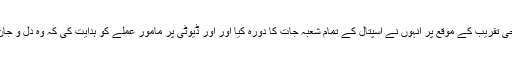
گلگت میں ایک جدید 50 بستروں پر مشتمل اسپتال کی افتتاحی تقریب کے موقع پر انہوں نے اسپتال کے تمام شعبہ جات کا دورہ کیا اور اور ڈیوٹی پر مامور عملے کو ہدایت کی کہ وہ دل و جان سے آنے والے مریضوں کی تیمار داری اور خدمت کریں۔